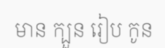
មាន ក្បួន រៀប កូន